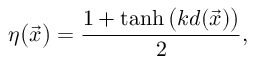
\eta \big ( \vec { x } \big ) = \frac { 1 + \operatorname { t a n h } \big ( k d ( \vec { x } ) \big ) } 2 ,